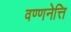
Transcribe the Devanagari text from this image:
वण्णनेत्ति